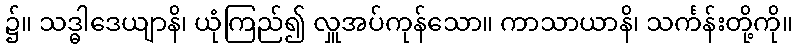
၌။ သဒ္ဓါဒေယျာနိ၊ ယုံကြည်၍ လှူအပ်ကုန်သော။ ကာသာယာနိ၊ သင်္ကန်းတို့ကို။